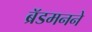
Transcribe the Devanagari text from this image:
ब्रॅडमनने